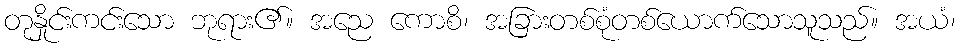
တုနှိုင်းကင်းသော ဘုရား၏။ အညေ ကောစိ၊ အခြားတစ်စုံတစ်ယောက်သောသူသည်။ အယံ၊